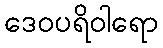
ဒေဝပရိဝါရော